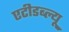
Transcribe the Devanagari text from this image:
एटीडब्ल्यू